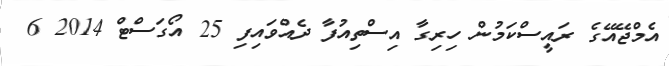
އެމްޖޭއޭގެ ރައީސްކަމުން ހިރިގާ އިސްތިއުފާ ދެއްވައިފި 25 އޯގަސްޓް 2014 6